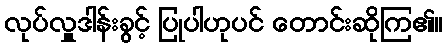
လုပ်လှူဒါန်းခွင့် ပြုပါဟုပင် တောင်းဆိုကြ၏။